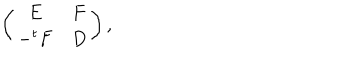
\left( \begin{array} { c c } { { E } } & { { F } } \\ { { - ^ { t } F } } & { { D } } \\ \end{array} \right) ,